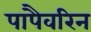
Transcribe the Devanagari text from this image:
पापैवरिन